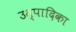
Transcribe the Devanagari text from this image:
उत्पादिका